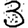
Digit: 3